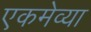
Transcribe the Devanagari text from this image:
एकमेव्या